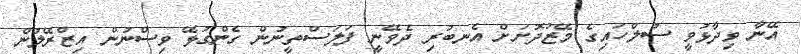
އޭނާ ވިދާޅުވީ ސުލްހައިގެ މޭޒުދޮށަށް އެނބުރި ދެވޭނީ ފަލަސްތީނުން ގެންގުޅޭ ވިސްނުން އިޒްރޭލުން